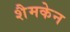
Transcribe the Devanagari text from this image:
शैमकेन